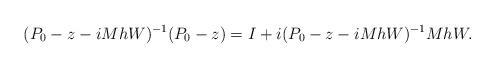
LaTeX: \begin{align*} (P_0-z-iMhW)^{-1}(P_0-z)=I+i(P_0-z-iMhW)^{-1}MhW. \end{align*}